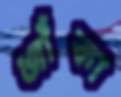
জাঁকা